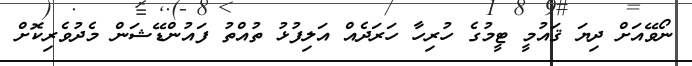
ނޯވޭއަށް ދިޔަ ޤައުމީ ޓީމުގެ ހުރިހާ ހަރަދެއް އަލިފުޅު ތުއްތު ފައުންޑޭޝަން މެދުވެރިކޮށް